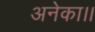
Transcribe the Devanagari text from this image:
अनेका।।